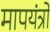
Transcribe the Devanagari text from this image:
मापयंत्रों